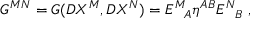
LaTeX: G ^ { M N } = G ( D X ^ { M } , D X ^ { N } ) = E _ { ~ ~ A } ^ { M ~ } \eta ^ { A B } E _ { ~ ~ B } ^ { N } ~ ,